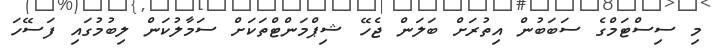
މި ސިސްޓަމްގެ ސަބަބުން އިތުރަށް ބަލަން ޖެހޭ ޝިޕްމަންޓްތަކަށް ސަމާލުކަން ލިބުމުގައި ފަސޭހަ